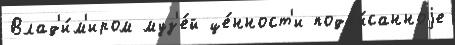
Влад'и́м'иром муз'е́й це́нност'и подп'и́санноjе